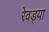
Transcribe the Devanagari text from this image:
रेवड्या